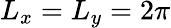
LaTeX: L_{x}=L_{y}=2\pi